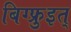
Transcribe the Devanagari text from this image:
बिग्फ्रुइत्